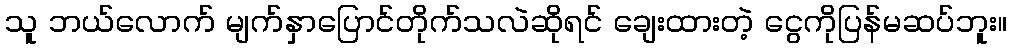
သူ ဘယ်လောက် မျက်နှာပြောင်တိုက်သလဲဆိုရင် ချေးထားတဲ့ ငွေကိုပြန်မဆပ်ဘူး။